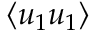
\langle u _ { 1 } u _ { 1 } \rangle